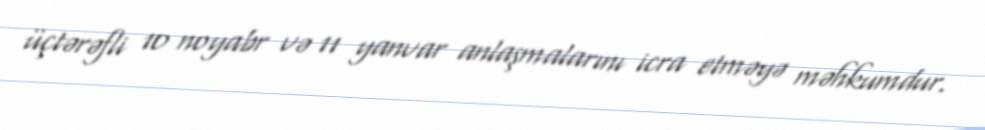
üçtərəfli 10 noyabr və 11 yanvar anlaşmalarını icra etməyə məhkumdur.